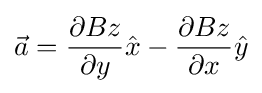
{\vec {a}}={\partial Bz \over \partial y}{\hat {x}}-{\partial Bz \over \partial x}{\hat {y}}